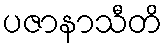
ပဇာနာသီတိ